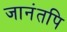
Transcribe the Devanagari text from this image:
जानंतपि